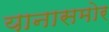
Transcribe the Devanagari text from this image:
यानासमोर